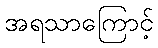
အရသာကြောင့်